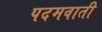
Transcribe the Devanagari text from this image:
पदमवाती